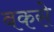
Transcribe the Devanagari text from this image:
बकसे